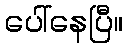
ပေါ်နေပြီ။